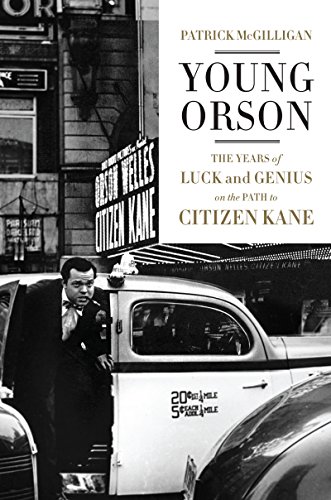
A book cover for Young Orson: The Years of Luck and Genius on the Path to Citizen Kane; Patrick McGilligan; Humor & Entertainment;